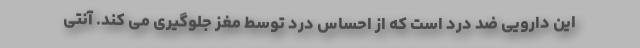
این دارویی ضد درد است که از احساس درد توسط مغز جلوگیری می کند. آنتی